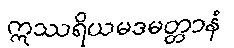
ဣဿရိယမဒမတ္တာနံ